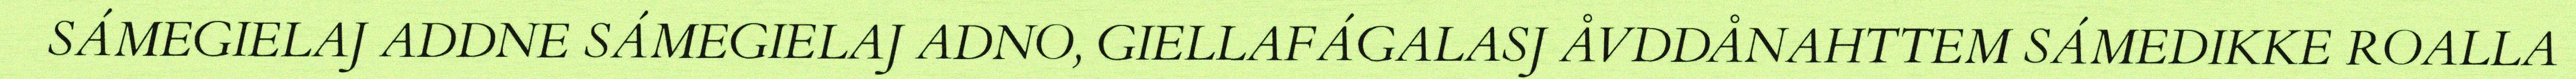
SÁMEGIELAJ ADDNE SÁMEGIELAJ ADNO, GIELLAFÁGALASJ ÅVDDÅNAHTTEM SÁMEDIKKE ROALLA